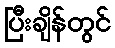
ပြီးချိန်တွင်